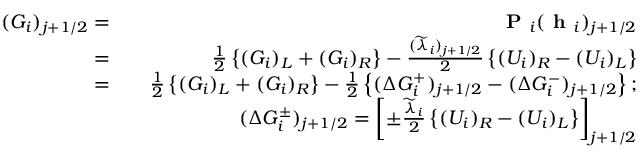
\begin{array} { r l r } { ( G _ { i } ) _ { j + 1 / 2 } = } & { } & { \textbf { P } _ { i } ( \textbf { h } _ { i } ) _ { j + 1 / 2 } } \\ { = } & { } & { \frac { 1 } { 2 } \left\{ ( G _ { i } ) _ { L } + ( G _ { i } ) _ { R } \right\} - \frac { ( \widetilde { \lambda } _ { i } ) _ { j + 1 / 2 } } { 2 } \left\{ ( U _ { i } ) _ { R } - ( U _ { i } ) _ { L } \right\} } \\ { = } & { } & { \frac { 1 } { 2 } \left\{ ( G _ { i } ) _ { L } + ( G _ { i } ) _ { R } \right\} - \frac { 1 } { 2 } \left\{ ( \Delta G _ { i } ^ { + } ) _ { j + 1 / 2 } - ( \Delta G _ { i } ^ { - } ) _ { j + 1 / 2 } \right\} ; } \\ & { } & { ( \Delta G _ { i } ^ { \pm } ) _ { j + 1 / 2 } = \left[ { \pm } \frac { \widetilde { \lambda } _ { i } } { 2 } \left\{ ( U _ { i } ) _ { R } - ( U _ { i } ) _ { L } \right\} \right] _ { j + 1 / 2 } } \end{array}